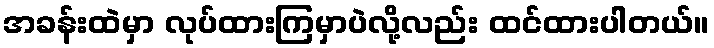
အခန်းထဲမှာ လုပ်ထားကြမှာပဲလို့လည်း ထင်ထားပါတယ်။